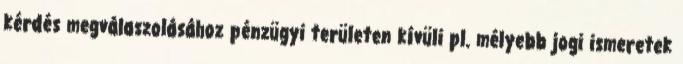
kérdés megválaszolásához pénzügyi területen kívüli pl. mélyebb jogi ismeretek